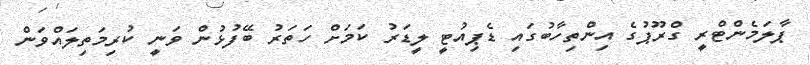
ޕާލަމެންޓްރީ ގްރޫޕުގެ އިންތިހާބުގައި ޑެޕިއުޓީ ލީޑަރު ކަމަށް ހަތަރު ބޭފުޅުން ވަނީ ކުރިމަތިލައްވަން